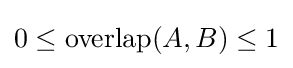
0\leq \operatorname {overlap} (A,B)\leq 1